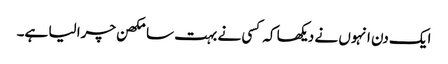
ایک دن انہوں نے دیکھا کہ کسی نے بہت سا مکھن چرا لیا ہے۔